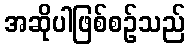
အဆိုပါဖြစ်စဉ်သည်